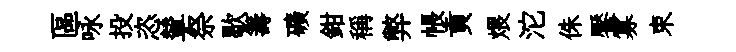
區咏投恣輦祭歇籌礦鉗稱弊帳貢煨沱侏饜寡束